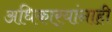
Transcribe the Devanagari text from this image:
अधिकार्‍यांनाही